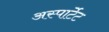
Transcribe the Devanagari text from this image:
अस्पार्टेट